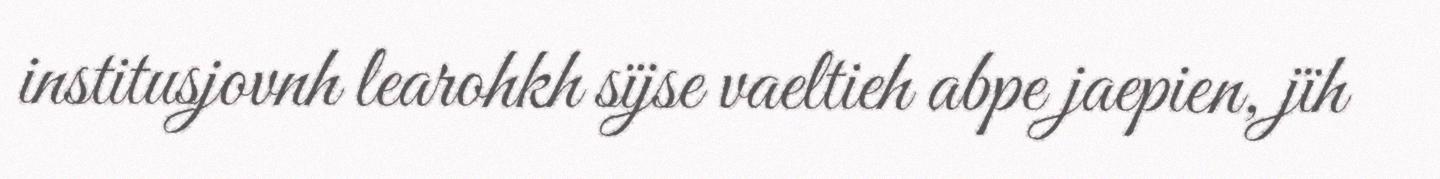
institusjovnh learohkh sïjse vaeltieh abpe jaepien, jïh